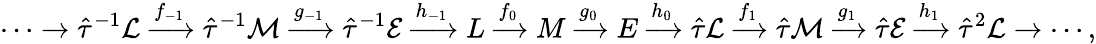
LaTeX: \cdots\to\hat{\tau}^{-1}\mathcal{L}\xrightarrow{f_{-1}}\hat{\tau}^{-1}\mathcal{M}\xrightarrow{g_{-1}}\hat{\tau}^{-1}\mathcal{E}\xrightarrow{h_{-1}}L\xrightarrow{f_{0}}M\xrightarrow{g_{0}}E\xrightarrow{h_{0}}\hat{\tau}\mathcal{L}\xrightarrow{f_{1}}\hat{\tau}\mathcal{M}\xrightarrow{g_{1}}\hat{\tau}\mathcal{E}\xrightarrow{h_{1}}\hat{\tau}^{2}\mathcal{L}\to\cdots,